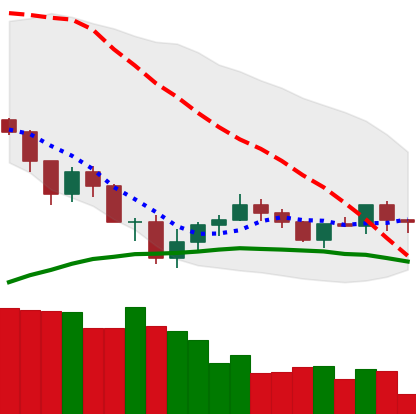
Ticker: ADA-USD
Chart end date: 2019-07-28
Forward return: -3.467%
Label: down_3_5